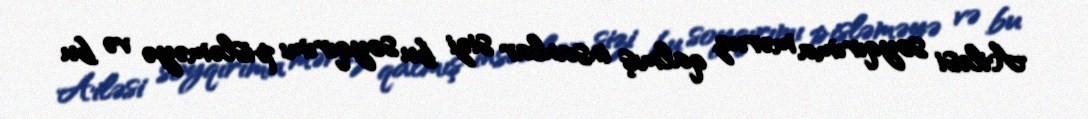
Ailəsi soyqırıma məruz qalmış insanlar sizi bu soyqırımı pisləməyə və bu